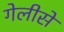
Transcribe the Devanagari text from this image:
गेलीसे